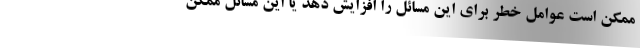
ممکن است عوامل خطر برای این مسائل را افزایش دهد یا این مسائل ممکن